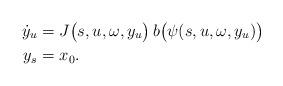
LaTeX: \begin{align*}\dot{y}_u &= J\big(s,u, \omega, y_u\big)\, b\big(\psi(s,u,\omega,y_u)\big) \\y_s &= x_0.\end{align*}